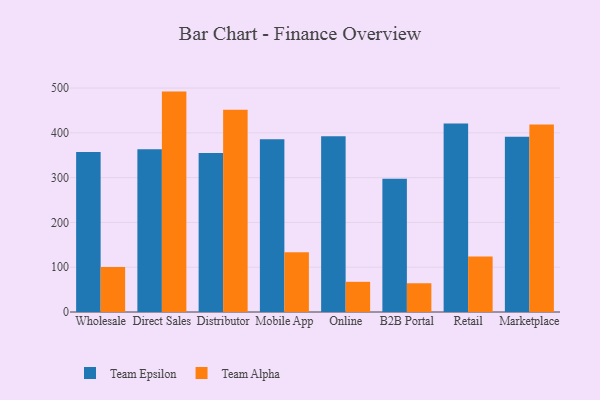
{"axis": {"x": "Channel", "y": "Budget (USD K)"}, "legend": ["Team Alpha", "Team Epsilon"], "data": [{"x": "Wholesale", "y": 357.3, "type": "Team Epsilon"}, {"x": "Wholesale", "y": 100.4, "type": "Team Alpha"}, {"x": "Direct Sales", "y": 363.4, "type": "Team Epsilon"}, {"x": "Direct Sales", "y": 492.1, "type": "Team Alpha"}, {"x": "Distributor", "y": 354.8, "type": "Team Epsilon"}, {"x": "Distributor", "y": 451.3, "type": "Team Alpha"}, {"x": "Mobile App", "y": 385.9, "type": "Team Epsilon"}, {"x": "Mobile App", "y": 133.6, "type": "Team Alpha"}, {"x": "Online", "y": 392.4, "type": "Team Epsilon"}, {"x": "Online", "y": 67.4, "type": "Team Alpha"}, {"x": "B2B Portal", "y": 297.6, "type": "Team Epsilon"}, {"x": "B2B Portal", "y": 64.2, "type": "Team Alpha"}, {"x": "Retail", "y": 420.9, "type": "Team Epsilon"}, {"x": "Retail", "y": 124.0, "type": "Team Alpha"}, {"x": "Marketplace", "y": 391.5, "type": "Team Epsilon"}, {"x": "Marketplace", "y": 418.9, "type": "Team Alpha"}]}